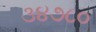
૩૪૭૮૦